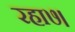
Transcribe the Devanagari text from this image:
रहा७।